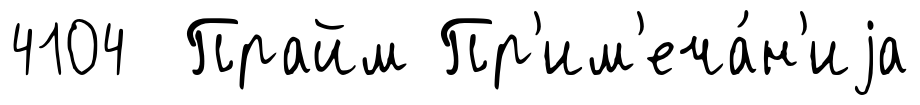
4104 Прайм Пр'им'еча́н'иjа